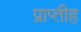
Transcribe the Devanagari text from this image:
प्राप्तीह